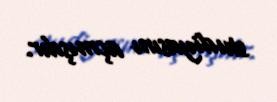
studiyasını açmışdır.